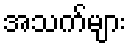
အသက်များ